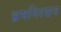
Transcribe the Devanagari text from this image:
भ्रमनिरसन